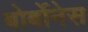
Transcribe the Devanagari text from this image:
बोर्बोनेस